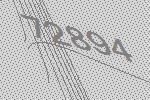
72894